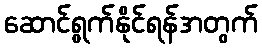
ဆောင်ရွက်နိုင်ရန်အတွက်